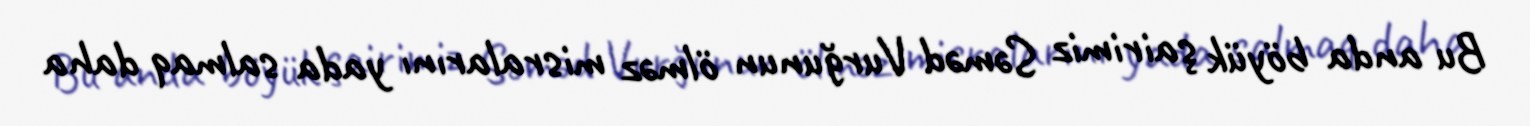
Bu anda böyük şairimiz Səməd Vurğunun ölməz misralarını yada salmaq daha